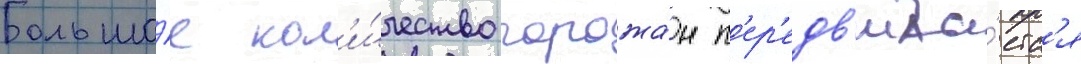
Большо́е кол'и́чество горожа́н п'ер'едв'ига́етс'я